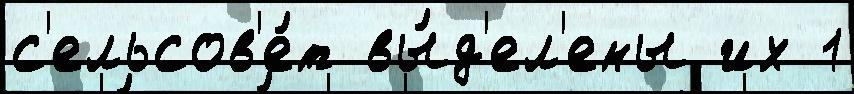
с'ельсов'е́т вы́д'ел'ены их 1